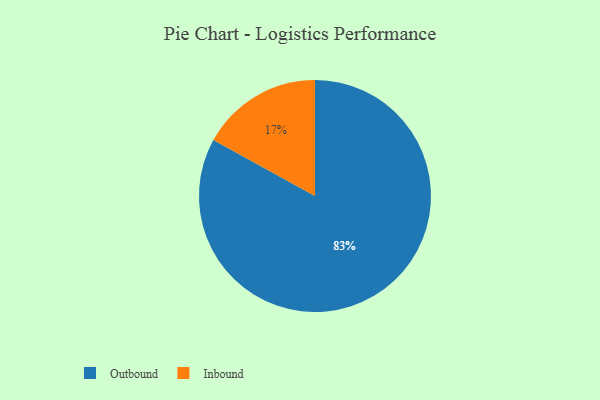
{"axis": {"x": "Category", "y": "Percentage"}, "legend": ["Inbound", "Outbound"], "data": [{"x": "Outbound", "y": 83, "type": "Outbound"}, {"x": "Inbound", "y": 17, "type": "Inbound"}]}